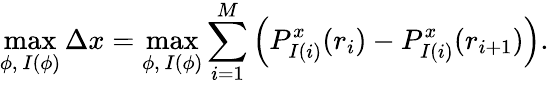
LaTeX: \operatorname*{max}_{\phi,\ I(\phi)}\Delta x=\operatorname*{max}_{\phi,\ I(\phi)}\sum_{i=1}^{M}\Big(P_{I(i)}^{x}(r_{i})-P_{I(i)}^{x}(r_{i+1})\Big).